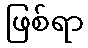
ဖြစ်ရာ